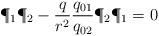
LaTeX: \begin{align*}\P_1 \P_2-{q\over r^2}{q_{01} \over q_{02}}\P_2 \P_1=0\end{align*}